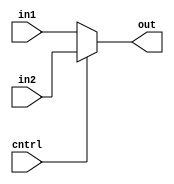
/*A mux that handles 13 bits input to 13 bits output*/

module MUX2to1_13(cntrl,in1,in2,out);
input cntrl;
input [12:0] in1,in2;
output [12:0] out;
assign out = (cntrl == 1) ? in2 : in1;
endmodule